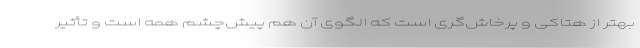
بهتر از هتاکی و پرخاش‌گری است که الگوی آن هم پیش‌چشم همه است و تأثیر